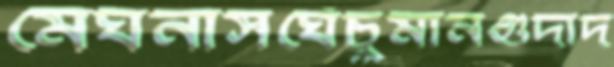
মেঘনাসঘেঁচুমানগুদাদ